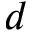
d